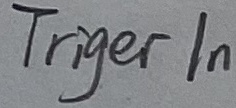
Text: TRIGER IN